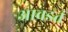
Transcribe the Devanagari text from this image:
आवडतं